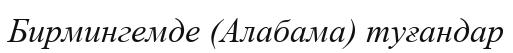
Бирмингемде (Алабама) туғандар